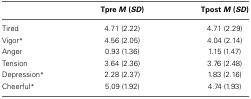
<table><thead><tr><td></td><td><b>Tpre <i>M</i> (<i>SD</i>)</b></td><td><b>Tpost <i>M</i> (<i>SD</i>)</b></td></tr></thead><tbody><tr><td>Tired</td><td>4.71 (2.22)</td><td>4.71 (2.29)</td></tr><tr><td>Vigor<sup>*</sup></td><td>4.56 (2.05)</td><td>4.04 (2.14)</td></tr><tr><td>Anger</td><td>0.93 (1.36)</td><td>1.15 (1.47)</td></tr><tr><td>Tension</td><td>3.64 (2.36)</td><td>3.76 (2.48)</td></tr><tr><td>Depression<sup>*</sup></td><td>2.28 (2.37)</td><td>1.83 (2.16)</td></tr><tr><td>Cheerful<sup>*</sup></td><td>5.09 (1.92)</td><td>4.74 (1.93)</td></tr></tbody></table>